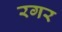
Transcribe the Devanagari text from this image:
रगर